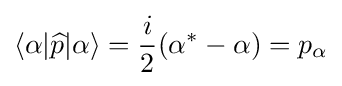
\langle \alpha |{\widehat {p}}|\alpha \rangle ={\frac {i}{2}}(\alpha ^{*}-\alpha )=p_{\alpha }